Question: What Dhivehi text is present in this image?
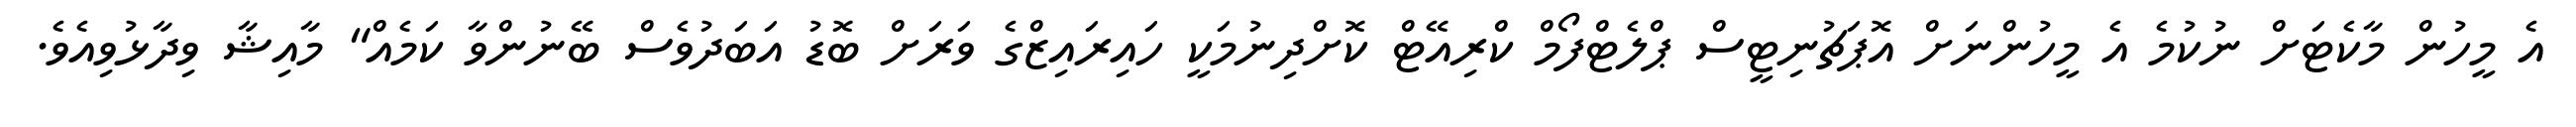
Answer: އެ މީހުން މާކެޓަށް ނުކުމެ އެ މީހުންނަށް އޮޕަޗުނިޓީސް ޕްލެޓްފޯމް ކްރިއޭޓް ކޮށްދިނުމަކީ ހައިރައިޒްގެ ވަރަށް ބޮޑު އަބަދުވެސް ބޭނުންވާ ކަމެއް" މާއިޝާ ވިދާޅުވިއެވެ.